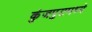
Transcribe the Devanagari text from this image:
कुंजपुरामध्ये